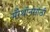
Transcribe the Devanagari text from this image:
मॅरेथॉनसाठी